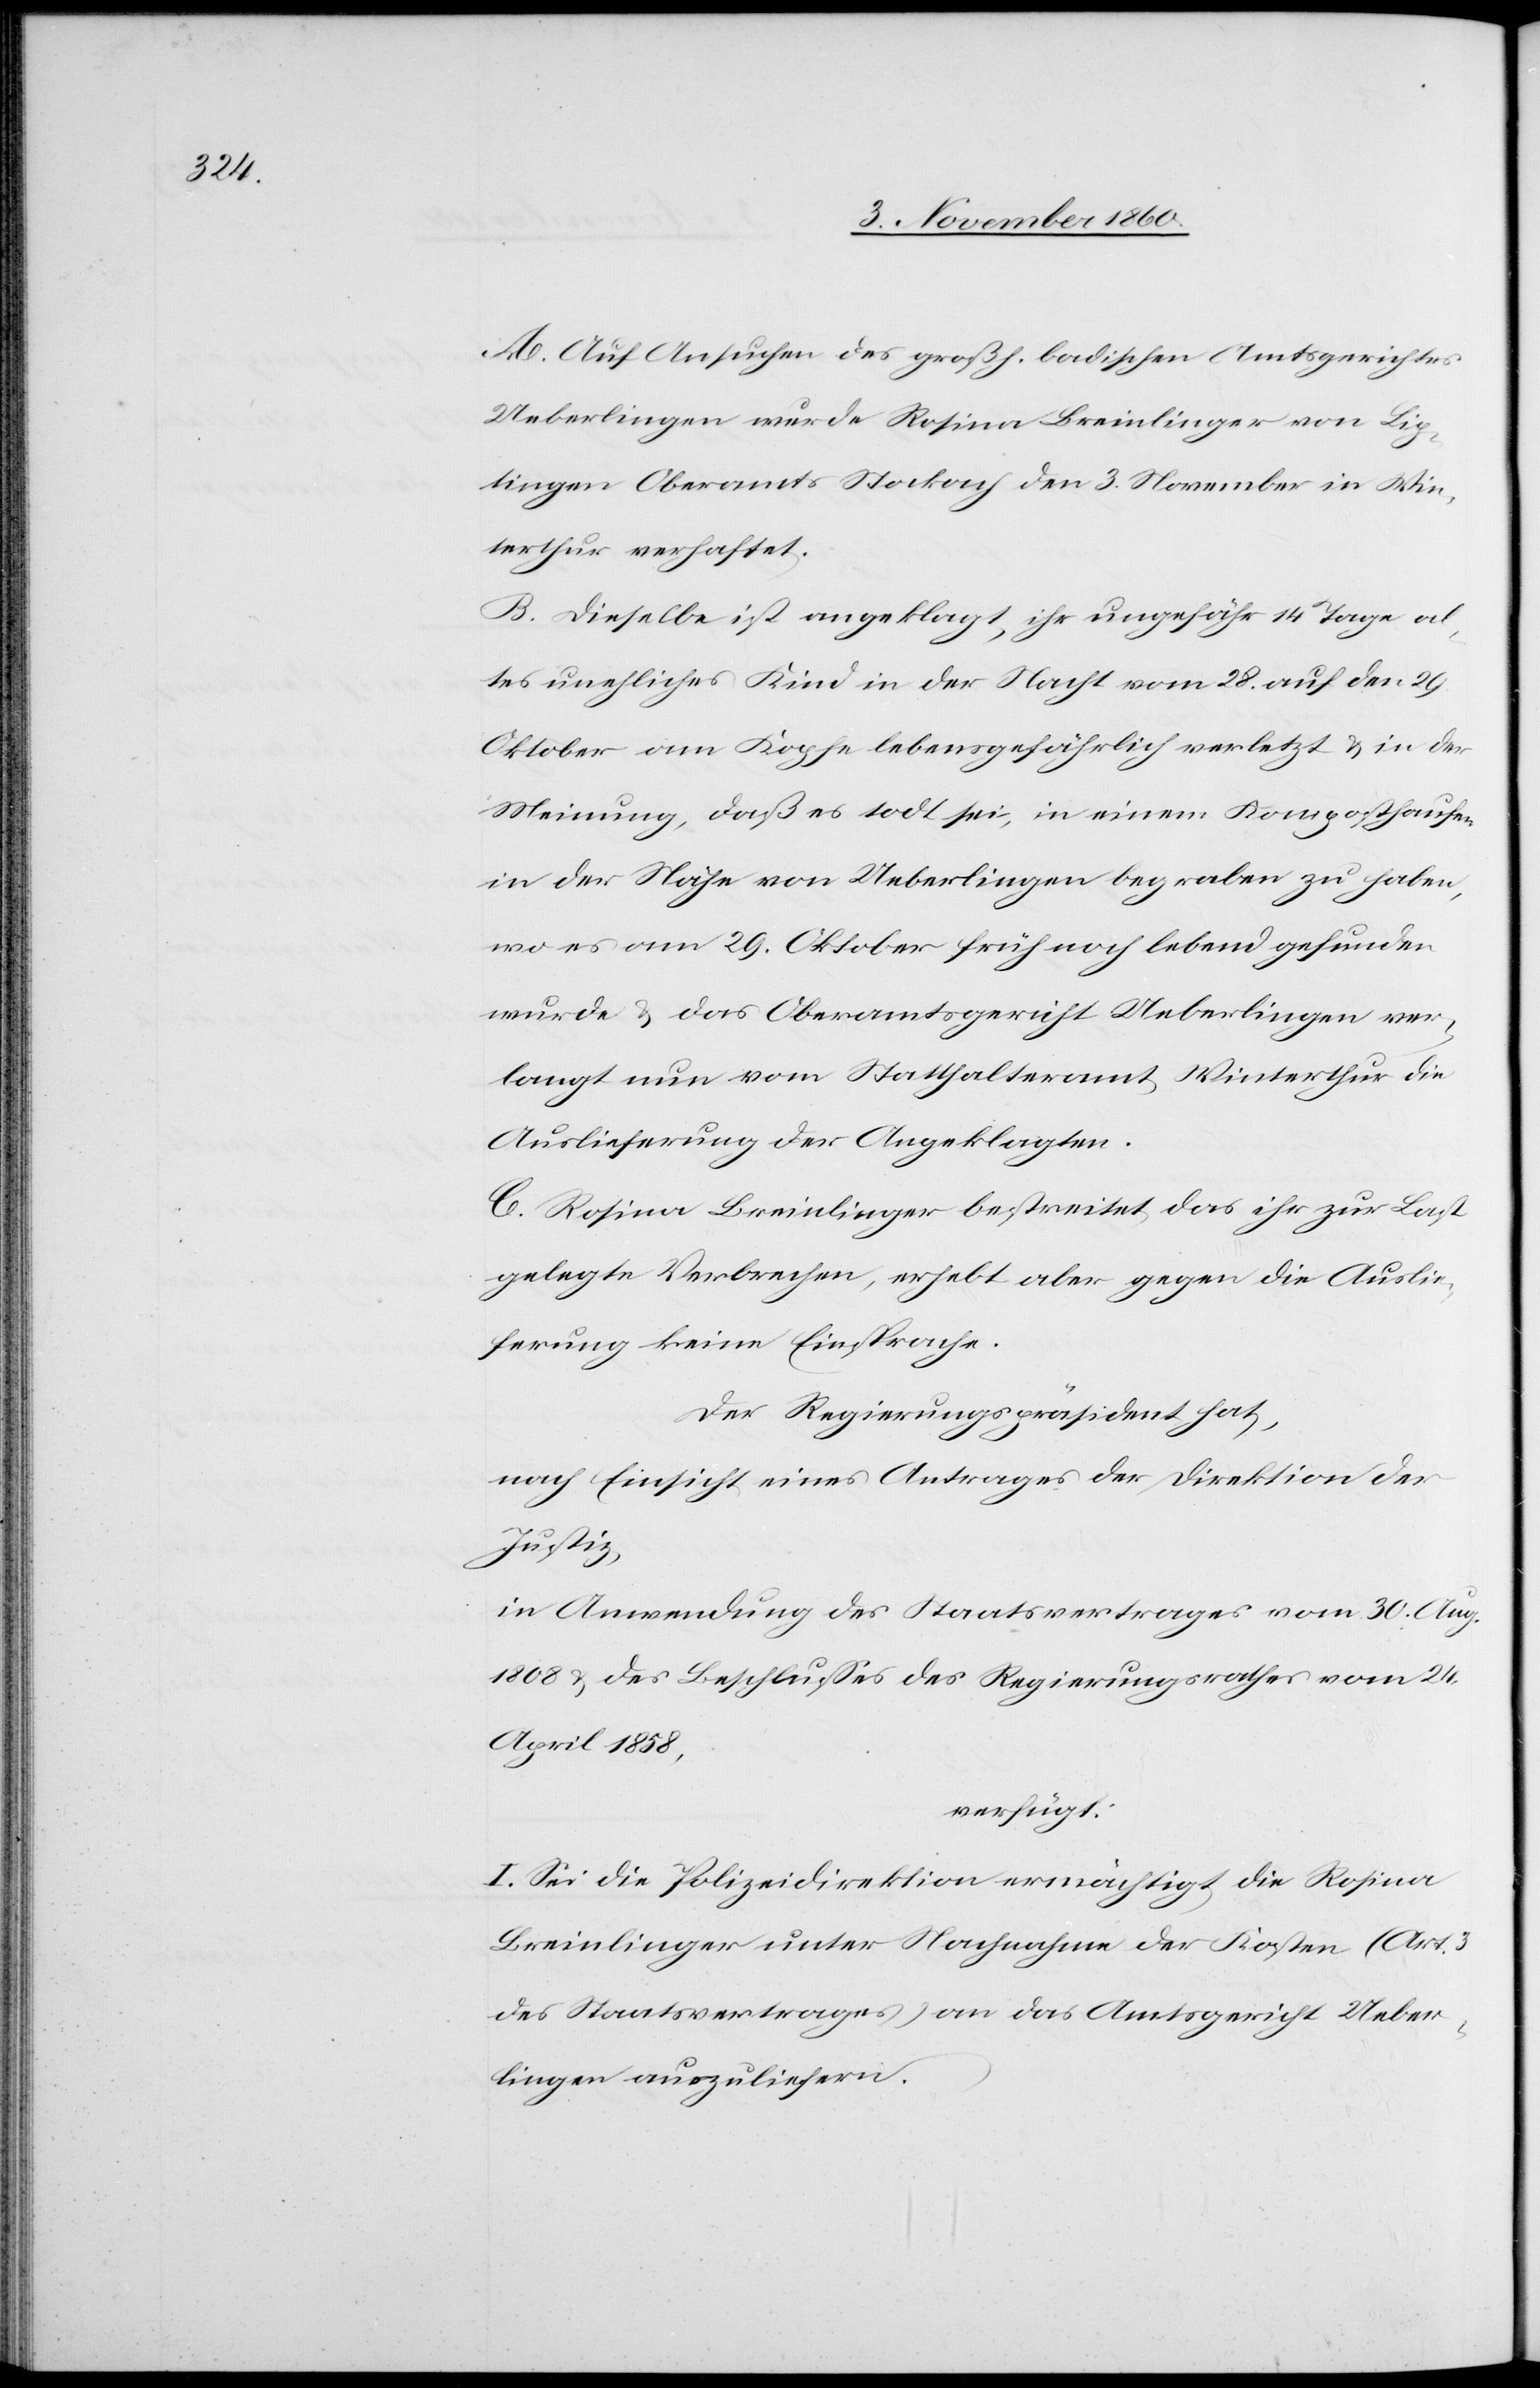
A. Auf Ansuchen des großh. badischen Amtsgerichtes
Ueberlingen wurde Rosina Breinlinger von Lip¬
tingen Oberamts Stockach den 3. November in Win¬
terthur verhaftet.
B. Dieselbe ist angeklagt, ihr ungefähr 14 Tage al¬
tes uneheliches Kind in der Nacht vom 28. auf den 19.
Oktober am Kopfe lebensgefährlich verletzt u. in der
Meinung, daß es todt sei, in einem Komposthaufen
in der Nähe von Ueberlingen begraben zu haben,
wo es am 29. Oktober früh noch lebend gefunden
wurde u. das Oberamtsgericht Ueberlingen ver¬
langt nun vom Statthalteramt Winterthur die
Auslieferung der Angeklagten.
C. Rosina Breinlinger bestreitet das ihr zur Last
gelegte Verbrechen, erhebt aber gegen die Auslie¬
ferung keine Einsprache.
Der Regierungspräsident hat,
nach Einsicht eines Antrages der Direktion der
Justiz,
in Anwendung des Staatsvertrages vom 30. Aug.
1808 u. des Beschlusses des Regierungsrathes vom 24.
April 1858,
verfügt:
I. Sei die Polizeidirektion ermächtigt die Rosina
Breinlinger unter Nachnahme der Kosten (Art.
des Staatsvertrages) an das Amtsgericht Ueber¬
lingen auszuliefern.